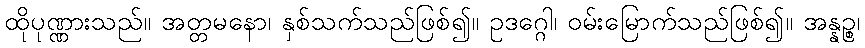
ထိုပုဏ္ဏားသည်။ အတ္တမနော၊ နှစ်သက်သည်ဖြစ်၍။ ဥဒဂ္ဂေါ၊ ဝမ်းမြောက်သည်ဖြစ်၍။ အန္နဉ္စ၊